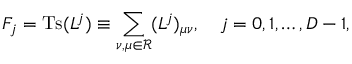
F _ { j } = \mathrm { T s } ( L ^ { j } ) \equiv \sum _ { \nu , \mu \in { \mathcal R } } ( L ^ { j } ) _ { \mu \nu } , \quad j = 0 , 1 , \ldots , D - 1 ,